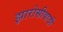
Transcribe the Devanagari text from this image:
झारोसीवादी